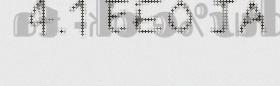
4.1 EEO JA